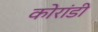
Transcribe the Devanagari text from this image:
कोरांडी